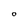
Character: O